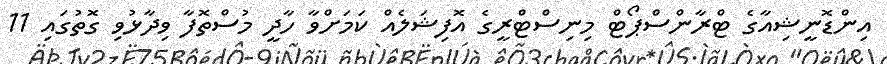
އިންޑޮނީޝިއާގެ ޓްރާންސްޕޯޓް މިނިސްޓްރީގެ އޮފިޝަލެއް ކަމަށްވާ ހާދީ މުސްތޮފާ ވިދާޅުވި ގޮތުގައި 11